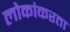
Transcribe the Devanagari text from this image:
लोकांकरता